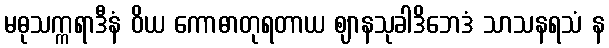
မဓုသက္ကရာဒီနံ ဝိယ ကောဓာတုရတာယ ဈာနသုခါဒိဘေဒံ သာသနရသံ န